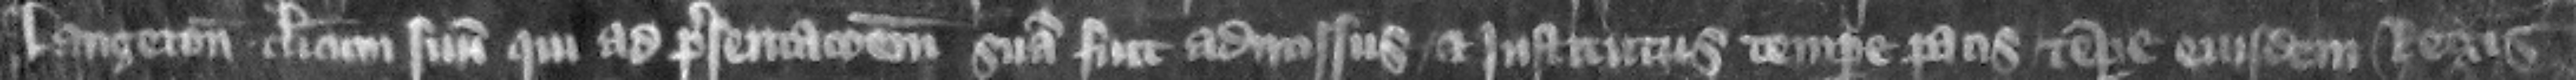
Langton clericum suum qui ad presentacionem suam fuit admissus et institutus tempore pacis tempore eiusdem regis